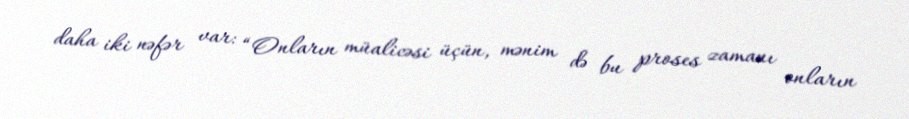
daha iki nəfər var: “Onların müalicəsi üçün, mənim də bu proses zamanı onların